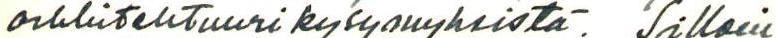
arkkitehtuuri kysymyksistä. Silloin